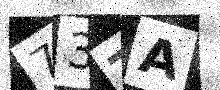
Text: 73TA